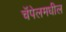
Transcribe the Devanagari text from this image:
चॅपेलमधील